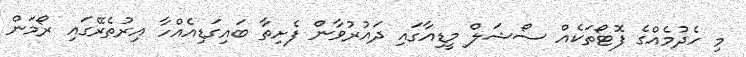
މި ހެދުމެއްގެ ފޮޓޯތަކެއް ސޯޝަލް މީޑިއާގައި ދައުރުވާން ފެށިތާ ބައިގަޑިއެއްހާ އިރުތެރޭގައި ރޯމަން